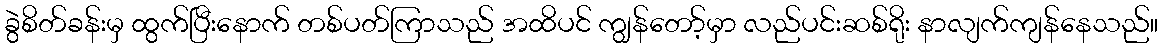
ခွဲစိတ်ခန်းမှ ထွက်ပြီးနောက် တစ်ပတ်ကြာသည် အထိပင် ကျွန်တော့်မှာ လည်ပင်းဆစ်ရိုး နာလျက်ကျန်နေသည်။